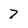
Character: 7